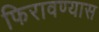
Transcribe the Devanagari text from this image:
फिरावण्यास